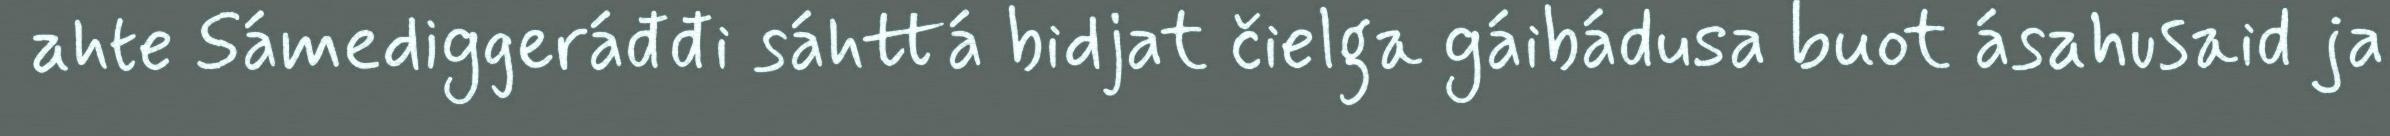
ahte Sámediggeráđđi sáhttá bidjat čielga gáibádusa buot ásahusaid ja